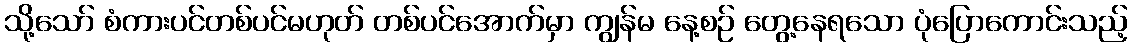
သို့သော် စံကားပင်တစ်ပင်မဟုတ် တစ်ပင်အောက်မှာ ကျွန်မ နေ့စဉ် တွေ့နေရသော ပုံပြောကောင်းသည့်